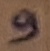
Text: 9